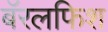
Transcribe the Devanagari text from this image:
बॅरलफिश